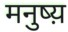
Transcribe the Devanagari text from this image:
मनुष्य़